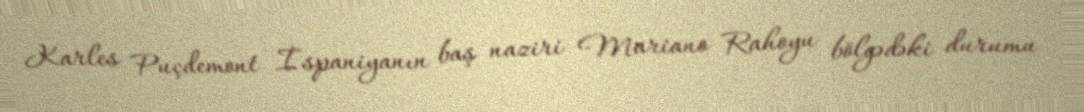
Karles Puçdemont İspaniyanın baş naziri Mariano Rahoyu bölgədəki durumu